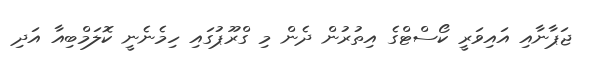
ޖަޕާނާއި އައިވަރީ ކޯސްޓްގެ އިތުރުން ދެން މި ގްރޫޕުގައި ހިމެނެނީ ކޮލަމްބިއާ އަދި